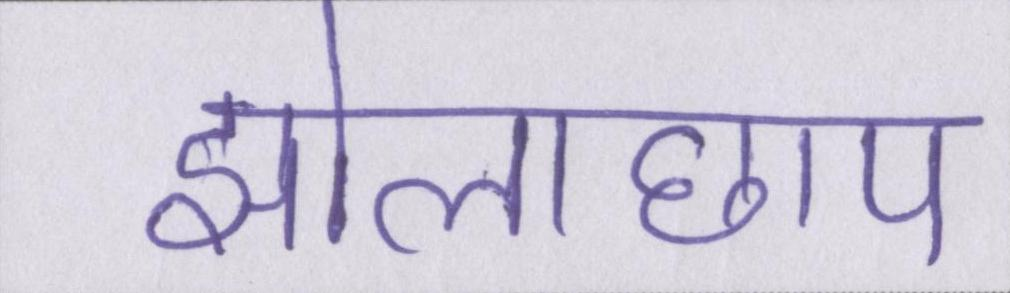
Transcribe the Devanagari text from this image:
झोलाछाप